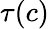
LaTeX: \tau(c)